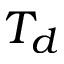
T _ { d }